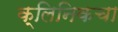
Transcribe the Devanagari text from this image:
क्लिनिकचा